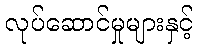
လုပ်ဆောင်မှုများနှင့်